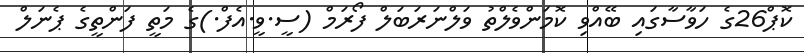
ކޮޕް26ގެ ހަވާސާގައި ބޭއްވި ކޮމަންވެލްތު ވަލްނަރަބަލް ފޯރަމް (ސީ.ވީ.އެފް.)ގެ މަތީ ފަންތީގެ ޕެނަލް